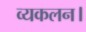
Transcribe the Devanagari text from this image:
व्यकलन।